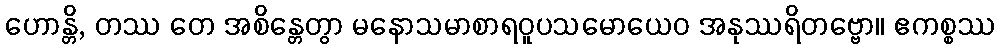
ဟောန္တိ, တဿ တေ အစိန္တေတွာ မနောသမာစာရဝူပသမောယေဝ အနုဿရိတဗ္ဗော။ ဧကစ္စဿ